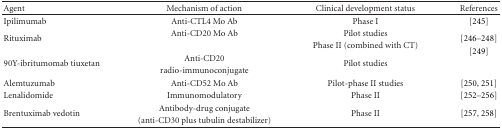
| Agent | Mechanism of action | Clinical development status | References |
 | --- | --- | --- | --- |
 | Ipilimumab | Anti-CTL4 Mo Ab | Phase I | [245] |
 | <ROWSPAN=2> Rituximab | Anti-CD20 Mo Ab | Pilot studies | <ROWSPAN=2> [246–248] |
 |  | Phase II (combined with CT) |
 | <ROWSPAN=2> 90Y-ibritumomab tiuxetan | Anti-CD20 | <ROWSPAN=2> Pilot studies | <ROWSPAN=2> [249] |
 | radio-immunoconjugate |
 | Alemtuzumab | Anti-CD52 Mo Ab | Pilot-phase II studies | [250, 251] |
 | Lenalidomide | Immunomodulatory | Phase II | [252–256] |
 | <ROWSPAN=2> Brentuximab vedotin | Antibody-drug conjugate | <ROWSPAN=2> Phase II | <ROWSPAN=2> [ 257, 258] |
 | (anti-CD30 plus tubulin destabilizer) |